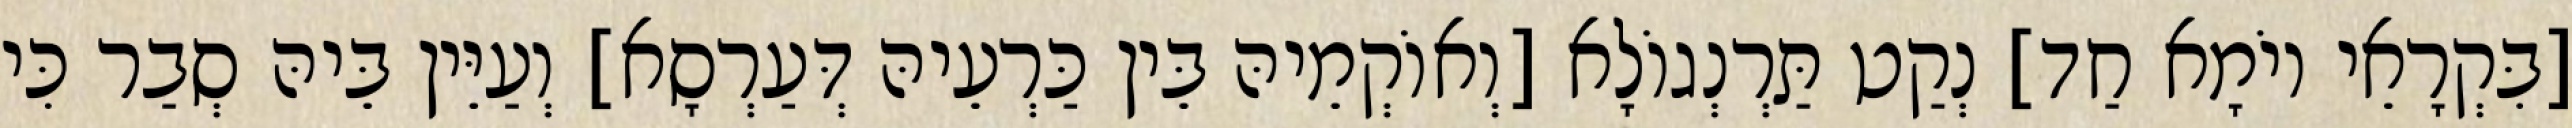
[בִּקְרָאֵי יוֹמָא חַד] נְקַט תַּרְנְגוֹלָא [וְאוֹקְמֵיהּ בֵּין כַּרְעֵיהּ דְּעַרְסָא] וְעַיֵּין בֵּיהּ סְבַר כִּי